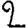
Digit: 2